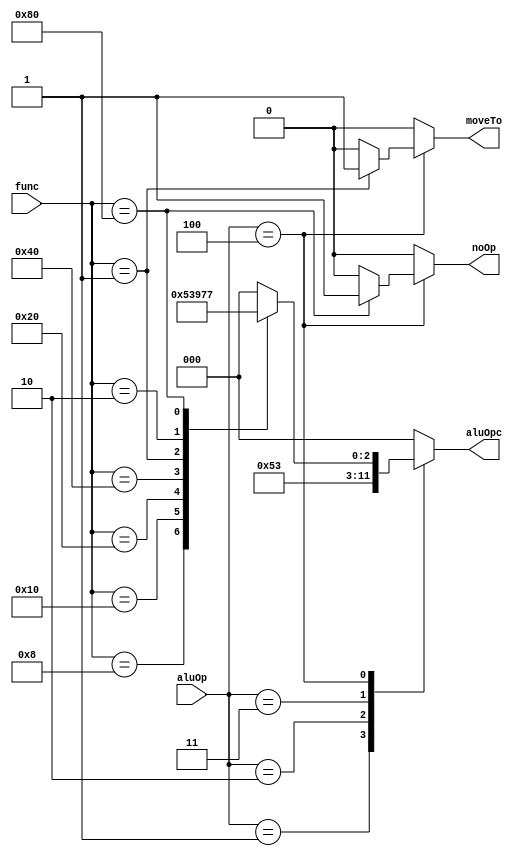
module AluController (aluOp, func, aluOpc, noOp, moveTo);
    input [2:0] aluOp;
    input [8:0] func;
    output noOp, moveTo;
    reg noOp, moveTo;
    output [2:0] aluOpc;
    reg [2:0] aluOpc;

    always @(aluOp, func) begin
        aluOpc = 3'b000;
        {noOp, moveTo} = 2'b00;

        case (aluOp)
            3'b000:
                aluOpc = 3'b000;
            3'b001:
                aluOpc = 3'b001;
            3'b010:
                aluOpc = 3'b010;
            3'b011:
                aluOpc = 3'b011;
            3'b100:
                case (func)
                    9'b000000100: aluOpc = 3'b000; // +
                    9'b000001000: aluOpc = 3'b001; // -
                    9'b000010000: aluOpc = 3'b010; // &
                    9'b000100000: aluOpc = 3'b011; // |
                    9'b001000000: aluOpc = 3'b100; // ~
                    9'b000000001: begin aluOpc = 3'b101; moveTo = 1'b1; end // pass1 R0
                    9'b000000010: aluOpc = 3'b110; // pass2 Ri
                    9'b010000000: begin aluOpc = 3'b111; noOp = 1'b1; end // pass
                    default: aluOpc = 3'b000;
                endcase
            default: aluOpc = 3'b000;
        endcase
    end
endmodule